Lunatic asylums Punjab 1868-1880 - 1868-1880
Year: 1868
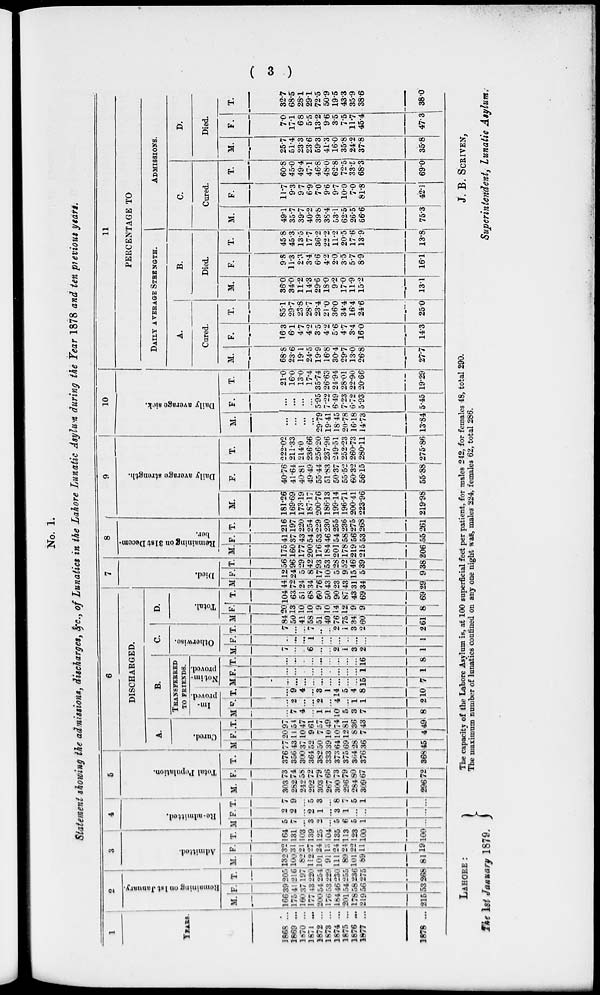
( 3 )
No. 1.
Statement showing the admissions, discharges, &c., of Lunatics in the Lahore Lunatic Asylum during the Year 1878 and ten previous years.
1
YEARS.
1868 ...
1869 ...
1870 ...
1871 ...
1872 ...
1873 ...
1874 ...
1875 ...
1876 ...
1877 ...
1878 ...
2
Remaining
on 1st January.
M.
166
175
160
177
200
176
184
201
178
219
215
F.
39
41
37
43
54
53
46
54
58
56
53
T.
205
216
197
220
254
229
230
255
236
275
268
3
Admitted.
M.
132
100
82
112
101
91
111
89
101
89
81
F.
32
31
21
27
24
13
24
24
22
11
19
T.
164
131
103
139
125
104
135
113
123
100
100
4
Re-admitted.
M
5
7
...
3
2
...
5
6
5
1
...
F.
2
2
...
2
1
...
3
1
...
...
...
T.
7
9
...
5
3
...
8
7
5
1
...
5
Total Population.
M.
303
282
242
292
303
267
300
296
284
309
296
F.
73
74
58
72
79
66
73
79
80
67
72
T.
376
356
300
364
382
333
373
375
364
376
368
6
DISCHARGED.
A.
Cured.
M.
77
43
37
52
50
39
64
69
28
36
45
F.
20
11
10
9
7
10
10
12
8
7
4
T.
97
54
47
61
57
49
74
81
36
43
49
B.
TRANSPERRED
TO FRIENDS.
Im-
proved.
M.
...
7
4
...
1
1
10
5
3
7
8
F.
...
2
...
...
2
...
4
...
1
1
2
T.
...
9
4
...
3
1
14
5
4
8
10
Not im-
proved.
M
...
...
...
...
...
...
...
...
...
15
7
F.
...
...
...
...
...
...
...
...
...
1
1
T.
...
...
...
...
...
...
...
...
...
16
8
C.
Otherwise.
M.
7
...
...
6
...
...
2
1
3
2
1
F.
...
...
...
1
...
...
...
..
...
1
T.
7
...
...
7
...
...
2
1
3
2
2
D.
Total.
M
84
50
41
58
51
40
76
75
34
60
61
F.
20
13
10
10
9
10
14
12
9
9
8
T.
104
63
51
68
60
50
90
87
43
69
69
7
Died.
M
44
72
24
34
76
43
23
43
31
34
29
F.
12
24
5
8
17
10
5
9
15
5
9
T.
56
96
29
42
93
53
28
52
46
39
38
8
Remaining on 31st Decem-
ber.
M.
175
160
177
200
176
184
201
178
219
215
206
F.
41
37
43
54
53
46
54
58
56
53
55
T.
216
197
220
254
229
230
255
236
275
268
261
9
Daily average strength.
M.
181.26
169.69
173.19
187.17
200.76
18613
19914
196.71
200.41
223.96
219.98
F.
40.76
41.64
40.81
49.49
55.44
51.83
50.37
55.52
60.32
56.15
55.88
T.
222.02
211.33
214.0
236.66
256.20
237.96
249.51
252.23
260.73
280.11
275.86
10
Daily average sick.
M.
...
...
...
...
29.79
1941
18.45
20.78
16.18
14.73
13.84
F.
...
...
...
...
5.95
7.22
6.49
7.23
6.72
5.93
5.45
T.
21.0
160
13.0
17.4
35.74
26.63
24.94
28.01
22.90
20.66
19.29
11
PERCENTAGE TO
DAILY AVERAGE STRENGTH.
A.
Cured.
M.
68.8
23.6
19.1
24.5
19.9
16.8
30.4
29.7
13.0
26.8
277
F.
16.3
6.1
4.7
4.2
3.5
4.2
5.6
4.7
3.4
16.0
14.3
T.
85.1
29.7
23.8
28.7
23.4
21.0
36.0
34.4
16.4
24.6
25.0
B.
Died.
M.
36.0
34.0
11.2
14.3
29.6
18.0
9.2
17.0
11.9
15.2
13.1
F.
9.8
11.3
2.3
3.4
6.6
4.2
2.0
3.5
5.7
8.9
16.1
T.
458
453
13.5
177
362
22.2
11.2
20.5
17.6
13.9
13.8
ADMISSIONS.
C.
Cured.
M.
49.1
35.7
39.7
40.2
39.8
35.4
53.1
62.5
26.5
66.6
75.3
F.
11.7
9.3
9.7
6.9
7.0
9.6
9.7
10.0
7.0
81.8
42.1
T.
60.8
45.0
49.4
47.1
46.8
48.0
62.8
72.5
33.5
68.3
69.0
D.
Died.
M.
25.7
51.4
23.3
23.6
59.3
41.3
16.0
35.8
24.2
37.8
35.8
F.
7.0
17.1
6.8
5.5
13.2
9.6
3.5
7.5
11.7
45.4
47.3
T.
32.7
68.5
28.1
29.1
72.5
50.9
19.5
43.3
35.9
38.6
38.0
The capacity of the Lahore Asylum is, at 100 superficial feet per patient, for males 242, for females 48, total 290.
The maximum number of lunatics confined on any one night was, males 224, females 62, total 286.
LAHORE:
The 1st January 1879.
J. B. SCRIVEN,
Superintendent, Lunatic Asylum.